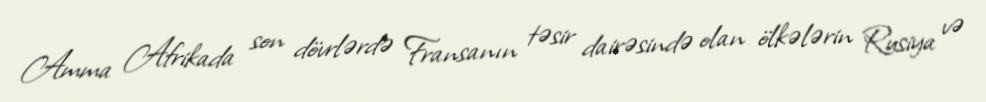
Amma Afrikada son dövrlərdə Fransanın təsir dairəsində olan ölkələrin Rusiya və